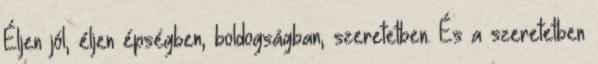
Éljen jól, éljen épségben, boldogságban, szeretetben. És a szeretetben